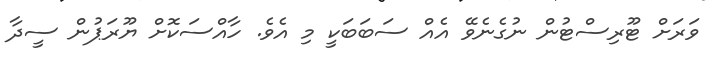
ވަރަށް ޓޫރިސްޓުން ނުގެނެވޭ އެއް ސަބަބަކީ މި އެވެ. ހާއްސަކޮށް ޔޫރަޕުން ސީދާ